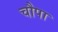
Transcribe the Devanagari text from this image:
चौपा